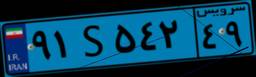
۹۱S۵۴۲۴۹